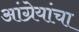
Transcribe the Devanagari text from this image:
आंग्रेयांचा